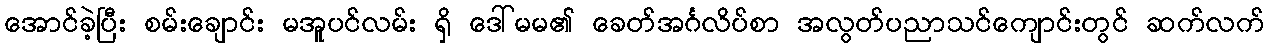
အောင်ခဲ့ပြီး စမ်းချောင်း မအူပင်လမ်း ရှိ ဒေါ်မမ၏ ခေတ်အင်္ဂလိပ်စာ အလွတ်ပညာသင်ကျောင်းတွင် ဆက်လက်